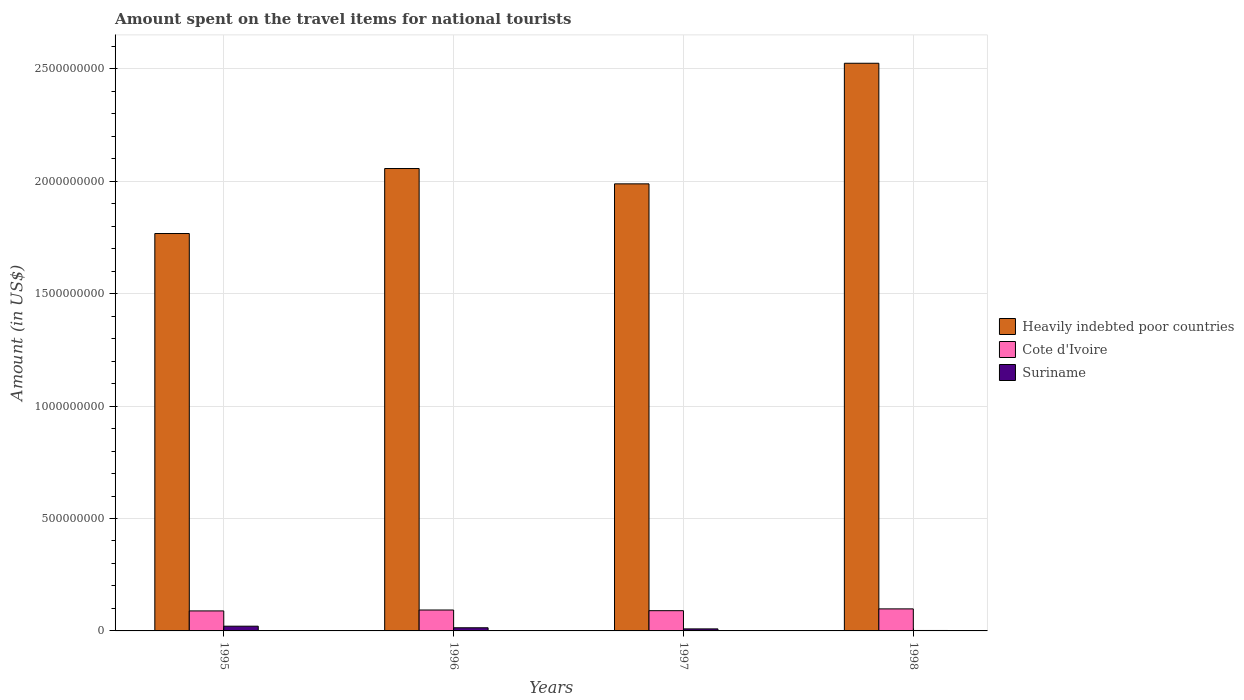
| Years | Heavily indebted poor countries | Cote d'Ivoire | Suriname |
 | --- | --- | --- | --- |
 | 1995 | 1.77e+09 | 8.9e+07 | 2.1e+07 |
 | 1996 | 2.06e+09 | 9.3e+07 | 1.4e+07 |
 | 1997 | 1.99e+09 | 9e+07 | 9e+06 |
 | 1998 | 2.52e+09 | 9.8e+07 | 2e+06 |